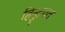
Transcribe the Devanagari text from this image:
हिन्दुपत